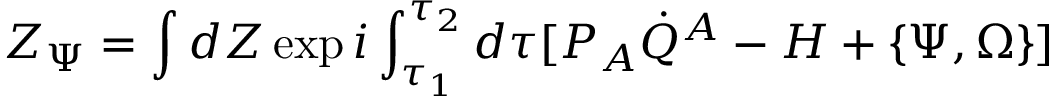
Z _ { \Psi } = \int d Z \exp i \int _ { \tau _ { 1 } } ^ { \tau _ { 2 } } d \tau [ P _ { A } \dot { Q } ^ { A } - H + \{ \Psi , \Omega \} ]